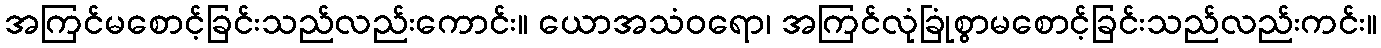
အကြင်မစောင့်ခြင်းသည်လည်းကောင်း။ ယောအသံဝရော၊ အကြင်လုံခြုံစွာမစောင့်ခြင်းသည်လည်းကင်း။